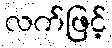
လက်ဖြင့်